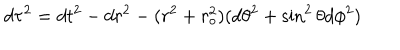
d \tau ^ { 2 } = d t ^ { 2 } - d r ^ { 2 } - ( r ^ { 2 } + r _ { o } ^ { 2 } ) ( d \theta ^ { 2 } + \sin ^ { 2 } \theta d \phi ^ { 2 } )